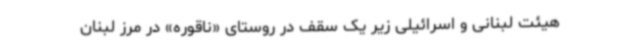
هیئت لبنانی و اسرائیلی زیر یک سقف در روستای «ناقوره» در مرز لبنان